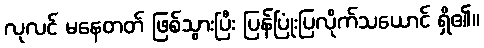
လုလင် မနေတတ် ဖြစ်သွားပြီး ပြန်ပြုံးပြလိုက်သယောင် ရှိ၏။